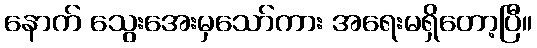
နောက် သွေးအေးမှသော်ကား အရေးမရှိတော့ပြီ။